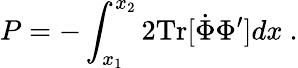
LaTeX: P=-\int_{x_{1}}^{x_{2}}2\mathrm{Tr}[\dot{\Phi}\Phi^{\prime}]dx\ .